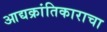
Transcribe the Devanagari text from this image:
आद्यक्रांतिकाराचा